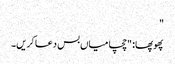
"
پھوپھا: "چچا میاں بس دعا کریں۔